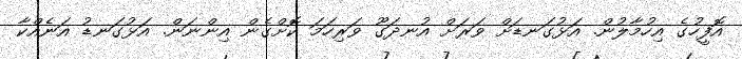
އޮފީހުގެ އިހުމާލުން. އަޅުގަނޑަށް ވަރަށް އުނދަގޫ ވަރިހަމަ ކޮށްގެން އިންނަން. އަޅުގަނޑު އަނެއްކާ